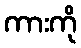
ကားကို